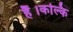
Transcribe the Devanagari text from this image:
हैं।कल्कि